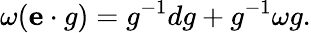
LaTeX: \omega({\mathbf{e}}\cdot g)=g^{-1}dg+g^{-1}\omega g.